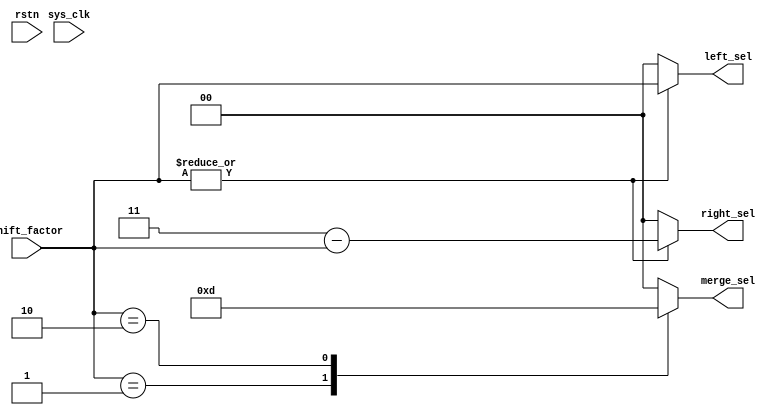
module qsn_controller_len3 #(
	parameter [$clog2(3)-1:0] PERMUTATION_LENGTH = 3
) (
	output wire [1:0] left_sel,
	output wire [1:0] right_sel,
	output wire [1:0] merge_sel,
	input wire [1:0] shift_factor,
	input wire rstn,
	input wire sys_clk
);

	wire shifter_nonzero;
	assign shifter_nonzero = (|shift_factor[1:0]);

	assign left_sel[1:0] = (shifter_nonzero == 1'b1) ? shift_factor[1:0] : 0;
	assign right_sel[1:0] = (shifter_nonzero == 1'b1) ? 3-shift_factor[1:0] : 0;
	assign merge_sel[1:0] = f(shift_factor[1:0]);
	function [1:0] f(input [1:0] shift_in);
		case(shift_in[1:0])
			1	:	 f[1:0] = 2'b11;
			2	:	 f[1:0] = 2'b01;
			default	:	f[1:0] = 0;
		endcase // shift_factor
	endfunction
endmodule